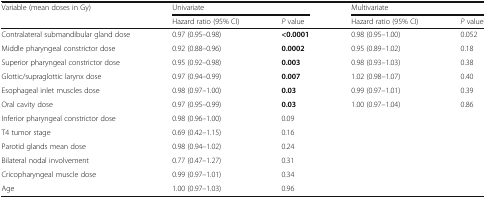
<table><thead><tr><td rowspan="2"><b>Variable (mean doses in Gy)</b></td><td colspan="2"><b>Univariate</b></td><td colspan="2"><b>Multivariate</b></td></tr><tr><td><b>Hazard ratio (95% CI)</b></td><td><b><i>P</i> value</b></td><td><b>Hazard ratio (95% CI)</b></td><td><b><i>P</i> value</b></td></tr></thead><tbody><tr><td>Contralateral submandibular gland dose</td><td>0.97 (0.95–0.98)</td><td><b>&lt;0.0001</b></td><td>0.98 (0.95–1.00)</td><td>0.052</td></tr><tr><td>Middle pharyngeal constrictor dose</td><td>0.92 (0.88–0.96)</td><td><b>0.0002</b></td><td>0.95 (0.89–1.02)</td><td>0.18</td></tr><tr><td>Superior pharyngeal constrictor dose</td><td>0.95 (0.92–0.98)</td><td><b>0.003</b></td><td>0.98 (0.93–1.03)</td><td>0.38</td></tr><tr><td>Glottic/supraglottic larynx dose</td><td>0.97 (0.94–0.99)</td><td><b>0.007</b></td><td>1.02 (0.98–1.07)</td><td>0.40</td></tr><tr><td>Esophageal inlet muscles dose</td><td>0.98 (0.97–1.00)</td><td><b>0.03</b></td><td>0.99 (0.97–1.01)</td><td>0.39</td></tr><tr><td>Oral cavity dose</td><td>0.97 (0.95–0.99)</td><td><b>0.03</b></td><td>1.00 (0.97–1.04)</td><td>0.86</td></tr><tr><td>Inferior pharyngeal constrictor dose</td><td>0.98 (0.96–1.00)</td><td>0.09</td><td></td><td></td></tr><tr><td>T4 tumor stage</td><td>0.69 (0.42–1.15)</td><td>0.16</td><td></td><td></td></tr><tr><td>Parotid glands mean dose</td><td>0.98 (0.94–1.02)</td><td>0.24</td><td></td><td></td></tr><tr><td>Bilateral nodal involvement</td><td>0.77 (0.47–1.27)</td><td>0.31</td><td></td><td></td></tr><tr><td>Cricopharyngeal muscle dose</td><td>0.99 (0.97–1.01)</td><td>0.34</td><td></td><td></td></tr><tr><td>Age</td><td>1.00 (0.97–1.03)</td><td>0.96</td><td></td><td></td></tr></tbody></table>